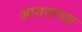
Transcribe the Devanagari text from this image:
आयताच्या